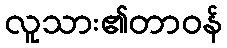
လူသား၏တာဝန်